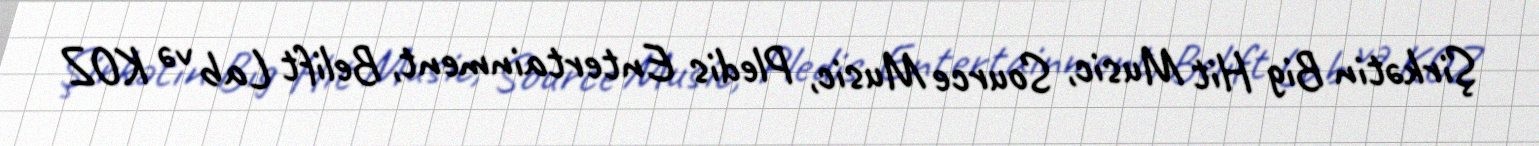
Şirkətin Big Hit Music, Source Music, Pledis Entertainment, Belift Lab və KOZ